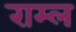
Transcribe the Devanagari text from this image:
राम्ल